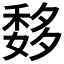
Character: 𥠨